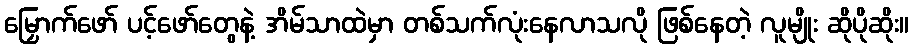
မြှောက်ဖော် ပင့်ဖော်တွေနဲ့ အိမ်သာထဲမှာ တစ်သက်လုံးနေလာသလို ဖြစ်နေတဲ့ လူမျိုး ဆိုပိုဆိုး။